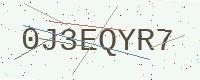
Text: 0J3EQYR7